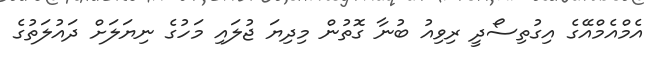
އެމްއެމްއޭގެ އިގުތިސޯދީ ރިވިއު ބުނާ ގޮތުން މިދިޔަ ޖުލައި މަހުގެ ނިޔަލަށް ދައުލަތުގެ